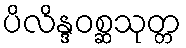
ပိလိန္ဒဝစ္ဆသုတ္တ